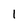
Character: l